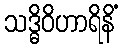
သဒ္ဓိဝိဟာရိနိံ